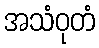
အသံဝုတံ